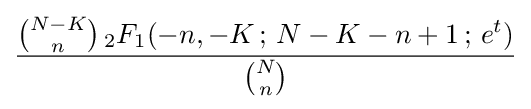
{\frac {{\binom {N-K}{n}}\,_{2}F_{1}(-n,-K\,;\,N-K-n+1\,;\,e^{t})}{\binom {N}{n}}}